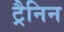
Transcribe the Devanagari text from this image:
ट्रैनिन